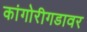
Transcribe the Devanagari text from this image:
कांगोरीगडावर